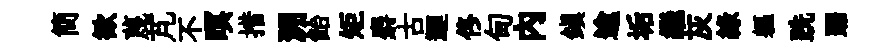
簡歓蔑芃不暝措溯飴矩麝古迴佟甸內鎮逾垢繼灰綠軀跣踞